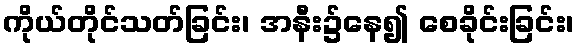
ကိုယ်တိုင်သတ်ခြင်း၊ အနီး၌နေ၍ စေခိုင်းခြင်း၊